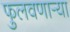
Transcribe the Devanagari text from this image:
फुलवणार्‍या